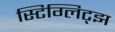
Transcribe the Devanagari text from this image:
स्टिग्लिट्झ